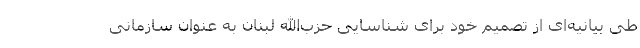
طی بیانیه‌ای از تصمیم خود برای شناسایی حزب‌الله لبنان به عنوان سازمانی